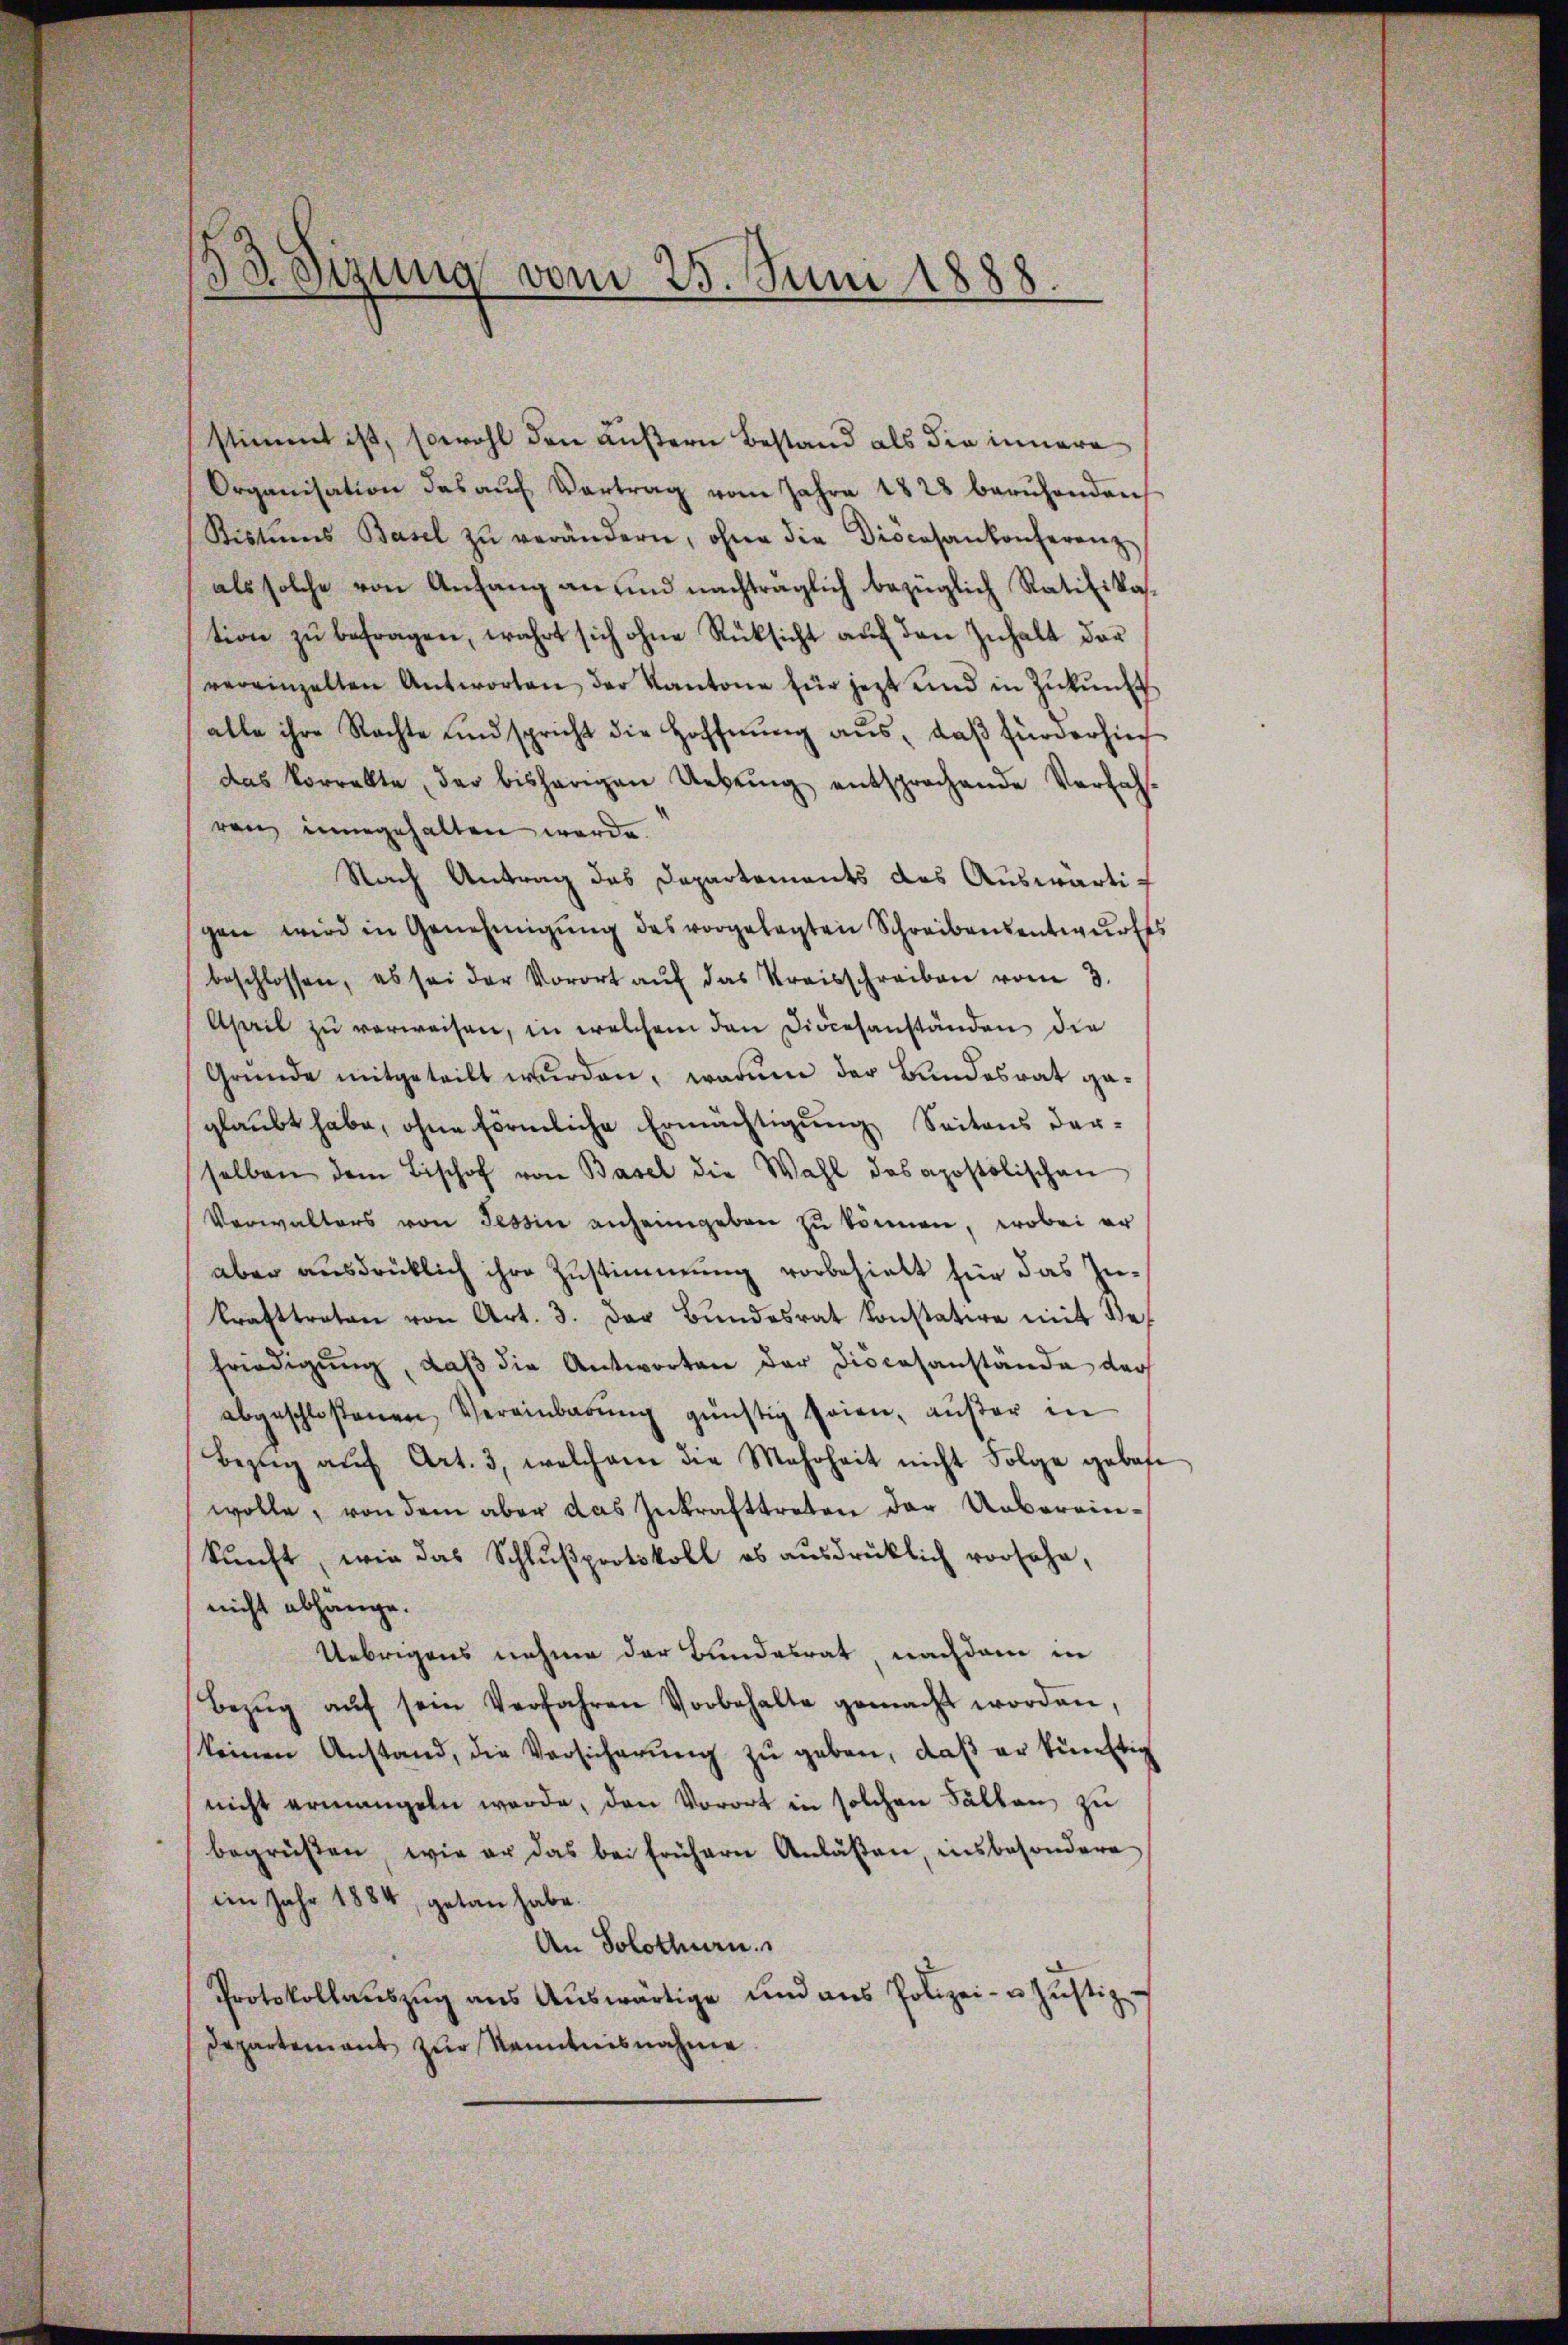
s
32 Sizung vom 25. Juni 1888.

stimmt ist, sowohl den äußern Bestand als die innere
Organisation des aŭf Vertrag vom Jahre 1828 beruhenden
Ristums Basel zŭ verändern, ohne die Diocesankonferenz-
als solche von Anfang an und nachträglich bezüglich Ratifikation zŭ befragen, wahrt sich ohne Rüksicht aŭf den Inhalt dar
vereinzelten Antworten der Kantone für jetzt und in Zŭkŭnft
alle ihre Rechte und spricht die Hoffnŭng aŭs, daβ fürderhin
das korrekte, der bisherigen Uebŭng entsprochende Verfah-
ren eingehalten werde.
Nach Antrag des Departements das Auswärtigen wird in Genehmigŭng des vorgelegten Schreibensentwŭrfes
beschlossen, es sei der Vorort aŭf das Kreisschreiben vom 3.
Aseil zŭ verweisen, in welchem den Diocesanständen die
Gründe mitgeteilt wurden, warum der Bundesrat geglaubt habe, ohne förmliche Ermächtigung Seitens dar-
selben dem Bischof von Basel die Wahl das apostolischen
Verwalters von Tessin anheimgeben zu können, wobei er
aber ausdrücklich ihre Zustimmung vorbehielt für das Inkrafttreten von Art. 3. der Bŭndesrat konstatire mit def
friedigŭng, daβ die Antworten der Diocesanstände der
abgeschloßenen Vereinbarŭng günstig seien, außer in
Bezŭg aŭf Art. 3, welchem die Mehrheit nicht Folge gebote
wolle, von dem aber das Inkrafttreten der Uebereinkŭnft, wie das Schlŭβprotokoll es aŭsdrücklich vorsehe,
nicht abhänge.
Uebrigens nehme der Bundesrat, nachdem in
Bezŭg aŭf sein Verfahren Vorbehalte gemacht worden,
keinen Anstand, die Versicherŭng zu geben, daß er künftig
nicht ermangeln werde, den Vorort in solchen Fällen zu
begrüßen, wie er das bei frühern Anlaßen, insbesondere
im Jahr 1884, getan habe.
An Solothurn.
Protokollaŭszŭg aŭs Aŭswärtige und ans Polizei- u. Jŭstiz-
Departement zur Kenntnisnahme.